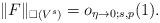
LaTeX: \begin{align*} \|F\|_{\square(V^s)}= o_{\eta\to 0;s,p}(1).\end{align*}